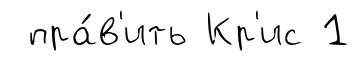
пра́в'ить Кр'ис 1